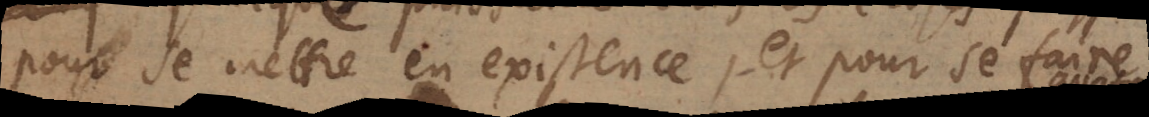
pour se mettre en existence, et pour se faire